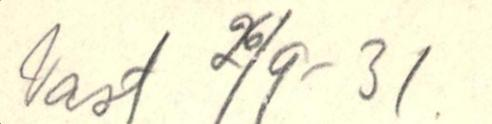
Vast 26/9-31.